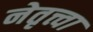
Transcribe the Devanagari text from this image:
नेतृत्त्वा